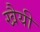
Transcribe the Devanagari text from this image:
खैयी